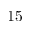
1 5